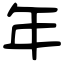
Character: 年